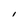
Character: I